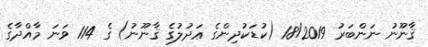
ޤާނޫނު ނަންބަރު 18/2019 (ކުޑަކުދިންގެ ޢަދުލުގެ ޤާނޫނު) ގެ 114 ވަނަ މާއްދާގެ